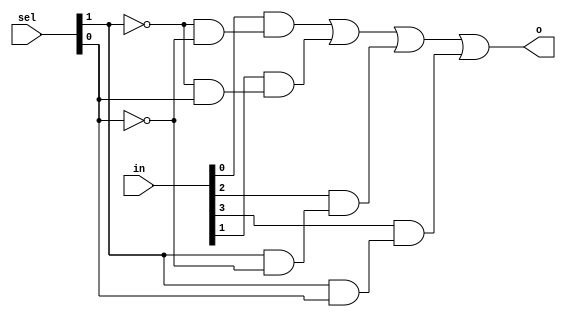
`timescale 1ns / 1ps
//////////////////////////////////////////////////////////////////////////////////
// Company: 
// Engineer: 
// 
// Design Name: 
// Module Name: m4_1
// Project Name: 
// Target Devices: 
// Tool Versions: 
// Description: 
// 
// Dependencies: 
// 
// Revision:
// Revision 0.01 - File Created
// Additional Comments:
// 
//////////////////////////////////////////////////////////////////////////////////


module m4_1 (
        input [3:0] in,
        input [1:0] sel,
        output o
    );
    
    assign o = (in[0] & (~sel[1] & ~sel[0])) | //when these two are 0, whole thing is 1 (thats our condition)
    (in[1] & (~sel[1] & sel[0])) | (in[2] & (sel[1] & ~sel[0])) | (in[3] & (sel[1] & sel[0]));
    
endmodule